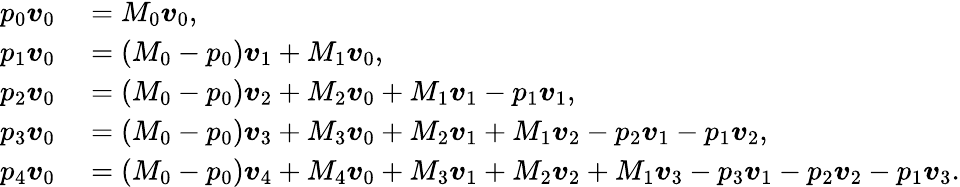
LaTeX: \begin{array}{rl}{p_{0}\boldsymbol{v}_{0}}&{{}=M_{0}\boldsymbol{v}_{0},}\\ {p_{1}\boldsymbol{v}_{0}}&{{}=(M_{0}-p_{0})\boldsymbol{v}_{1}+M_{1}\boldsymbol{v}_{0},}\\ {p_{2}\boldsymbol{v}_{0}}&{{}=(M_{0}-p_{0})\boldsymbol{v}_{2}+M_{2}\boldsymbol{v}_{0}+M_{1}\boldsymbol{v}_{1}-p_{1}\boldsymbol{v}_{1},}\\ {p_{3}\boldsymbol{v}_{0}}&{{}=(M_{0}-p_{0})\boldsymbol{v}_{3}+M_{3}\boldsymbol{v}_{0}+M_{2}\boldsymbol{v}_{1}+M_{1}\boldsymbol{v}_{2}-p_{2}\boldsymbol{v}_{1}-p_{1}\boldsymbol{v}_{2},}\\ {p_{4}\boldsymbol{v}_{0}}&{{}=(M_{0}-p_{0})\boldsymbol{v}_{4}+M_{4}\boldsymbol{v}_{0}+M_{3}\boldsymbol{v}_{1}+M_{2}\boldsymbol{v}_{2}+M_{1}\boldsymbol{v}_{3}-p_{3}\boldsymbol{v}_{1}-p_{2}\boldsymbol{v}_{2}-p_{1}\boldsymbol{v}_{3}.}\end{array}